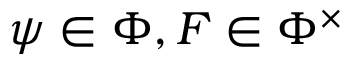
\psi \in \Phi , F \in \Phi ^ { \times }